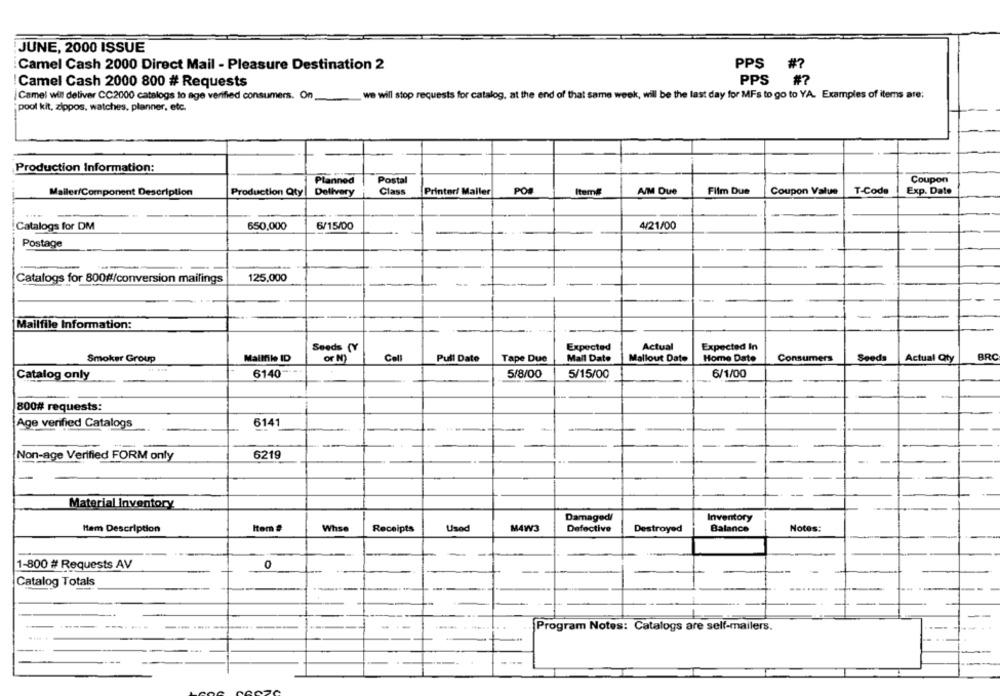
JUNE, 2000 ISSUE
Camel Cash 2000 Direct Mail - Pleasure Destination 2
PPS #?
! Camel Cash 2000 800 # Requests
PPS
#7
|Camel will deliver CC2000 catalogs to age verified consumers. On
we will stop requests for catalog, at the end of that same week, will be the last day for MFs to go to YA. Examples of items are;
pool kit, zippos. watches, planner, etc.
Production Information:
Planned
Postal
Coupon
Mailer/Component Description
Production Qty
Delivery
Class
Printer/ Mailer
POS
Item#
AIM Due
Film Due
Coupon Value
T-Code
Exp. Date
Catalogs for DM
650,000
6/15/00
4/21/00
Postage
--
Catalogs for 800#/conversion mailings
125,000
Mailfile Information:
Seeds (Y
Expected
Actual
Expected In
Smoker Group
Mailfile ID
or N)
Cell
Pull Date
Tape Due
Mall Date
Mallout Date
Home Date
Consumers
Seeds
Actual Qty
ARC
Catalog only
6140
5/8/00
5/15/00
6/1/00
-
800# requests:
Age verified Catalogs
6141
-
Non-age Verified FORM only
6219
-
Material Inventory
Damaged/
Inventory
Ham Description
Item
Whse
Receipts
Used
M4W3
Defective
Destroyed
Balance
Notes:
1-800 # Requests AV
0
Catalog Totals
Program Notes: Catalogs are self-mailers.